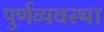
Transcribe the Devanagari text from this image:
पुर्णव्यवस्था